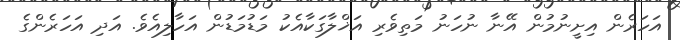
އަހަރެން އިށީނުމުން އޭނާ ނުހަނު މަތިވެރި އަޚްލާގަކާއެކު މަޑުމަޑުން އަހާލިއެވެ. އަދި އަހަރެންގެ